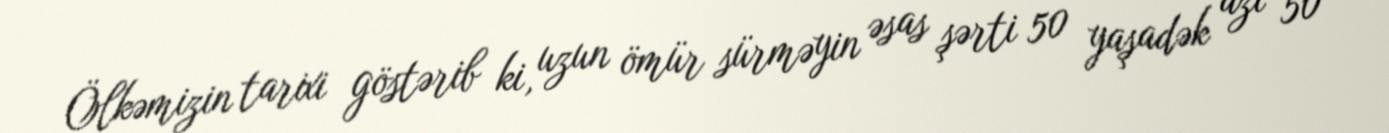
Ölkəmizin tarixi göstərib ki, uzun ömür sürməyin əsas şərti 50 yaşadək azı 50